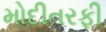
મોદીતરફી